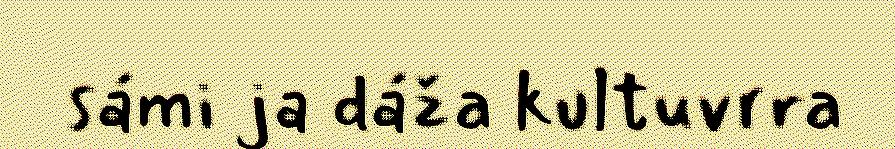
sámi ja dáža kultuvrra